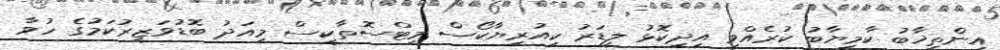
އިންތިޚާބު ކާމިޔާބު ކުރެއްވި އިދިކޮޅު ލީޑަރު ކިއުރިޔާކޯސް މިޓްސޮތާކީސް މިއަދު ބޮޑުވަޒީރުކަމުގެ ހުވާ